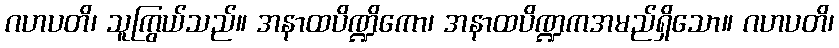
ဂဟပတိ၊ သူကြွယ်သည်။ အနာထပိဏ္ဍိကော၊ အနာထပိဏ္ဍကအမည်ရှိသော။ ဂဟပတိ၊